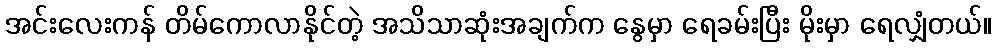
အင်းလေးကန် တိမ်ကောလာနိုင်တဲ့ အသိသာဆုံးအချက်က နွေမှာ ရေခမ်းပြီး မိုးမှာ ရေလျှံတယ်။